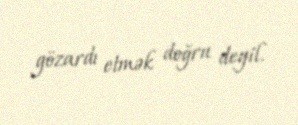
gözardı etmək doğru deyil.